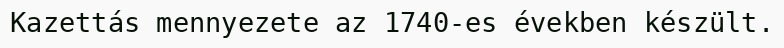
Kazettás mennyezete az 1740-es években készült.